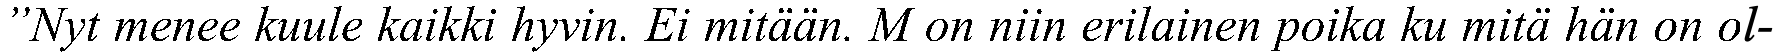
”Nyt menee kuule kaikki hyvin. Ei mitään. M on niin erilainen poika ku mitä hän on ol-